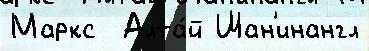
Маркс  Алта́й Шан'инангл